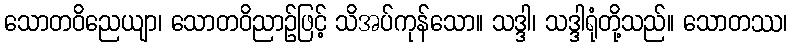
သောတဝိညေယျာ၊ သောတဝိညာဉ်ဖြင့် သိအပ်ကုန်သော။ သဒ္ဒါ၊ သဒ္ဒါရုံတို့သည်။ သောတဿ၊